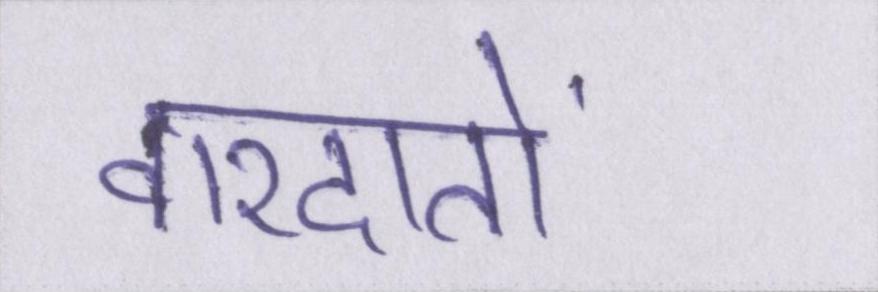
वारदातों